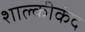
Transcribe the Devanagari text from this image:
शाल्कीकंद